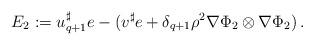
LaTeX: \begin{align*}E_2 := u_{q+1}^\sharp e - (v^\sharp e + \delta_{q+1} \rho^2 \nabla \Phi_2 \otimes \nabla \Phi_2)\, .\end{align*}